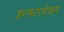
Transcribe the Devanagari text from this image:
इन्फारमेशन